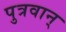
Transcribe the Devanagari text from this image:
पुत्रवान्